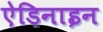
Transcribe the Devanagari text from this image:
ऐडिनाइन